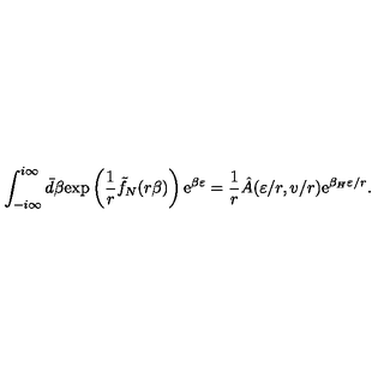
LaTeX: \int _ { - i \infty } ^ { i \infty } \bar { d } \beta \mathrm { e x p } \left( { \frac { 1 } { r } } \tilde { f } _ { N } ( r \beta ) \right) \mathrm { e } ^ { \beta \varepsilon } = { \frac { 1 } { r } } \hat { A } ( \varepsilon / r , v / r ) \mathrm { e } ^ { { \beta _ { H } \varepsilon } / r } .